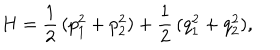
LaTeX: H = \frac { 1 } { 2 } \, ( p _ { 1 } ^ { 2 } + p _ { 2 } ^ { 2 } ) + \frac { 1 } { 2 } \, ( q _ { 1 } ^ { 2 } + q _ { 2 } ^ { 2 } ) ,